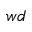
w d